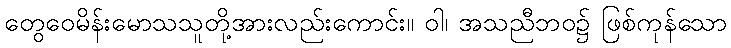
တွေဝေမိန်းမောသသူတို့အားလည်းကောင်း။ ဝါ၊ အသညီဘဝ၌ ဖြစ်ကုန်သော